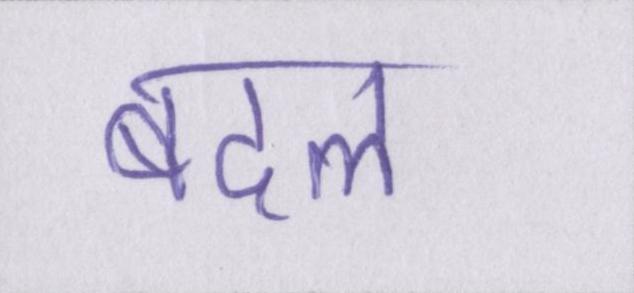
बदल